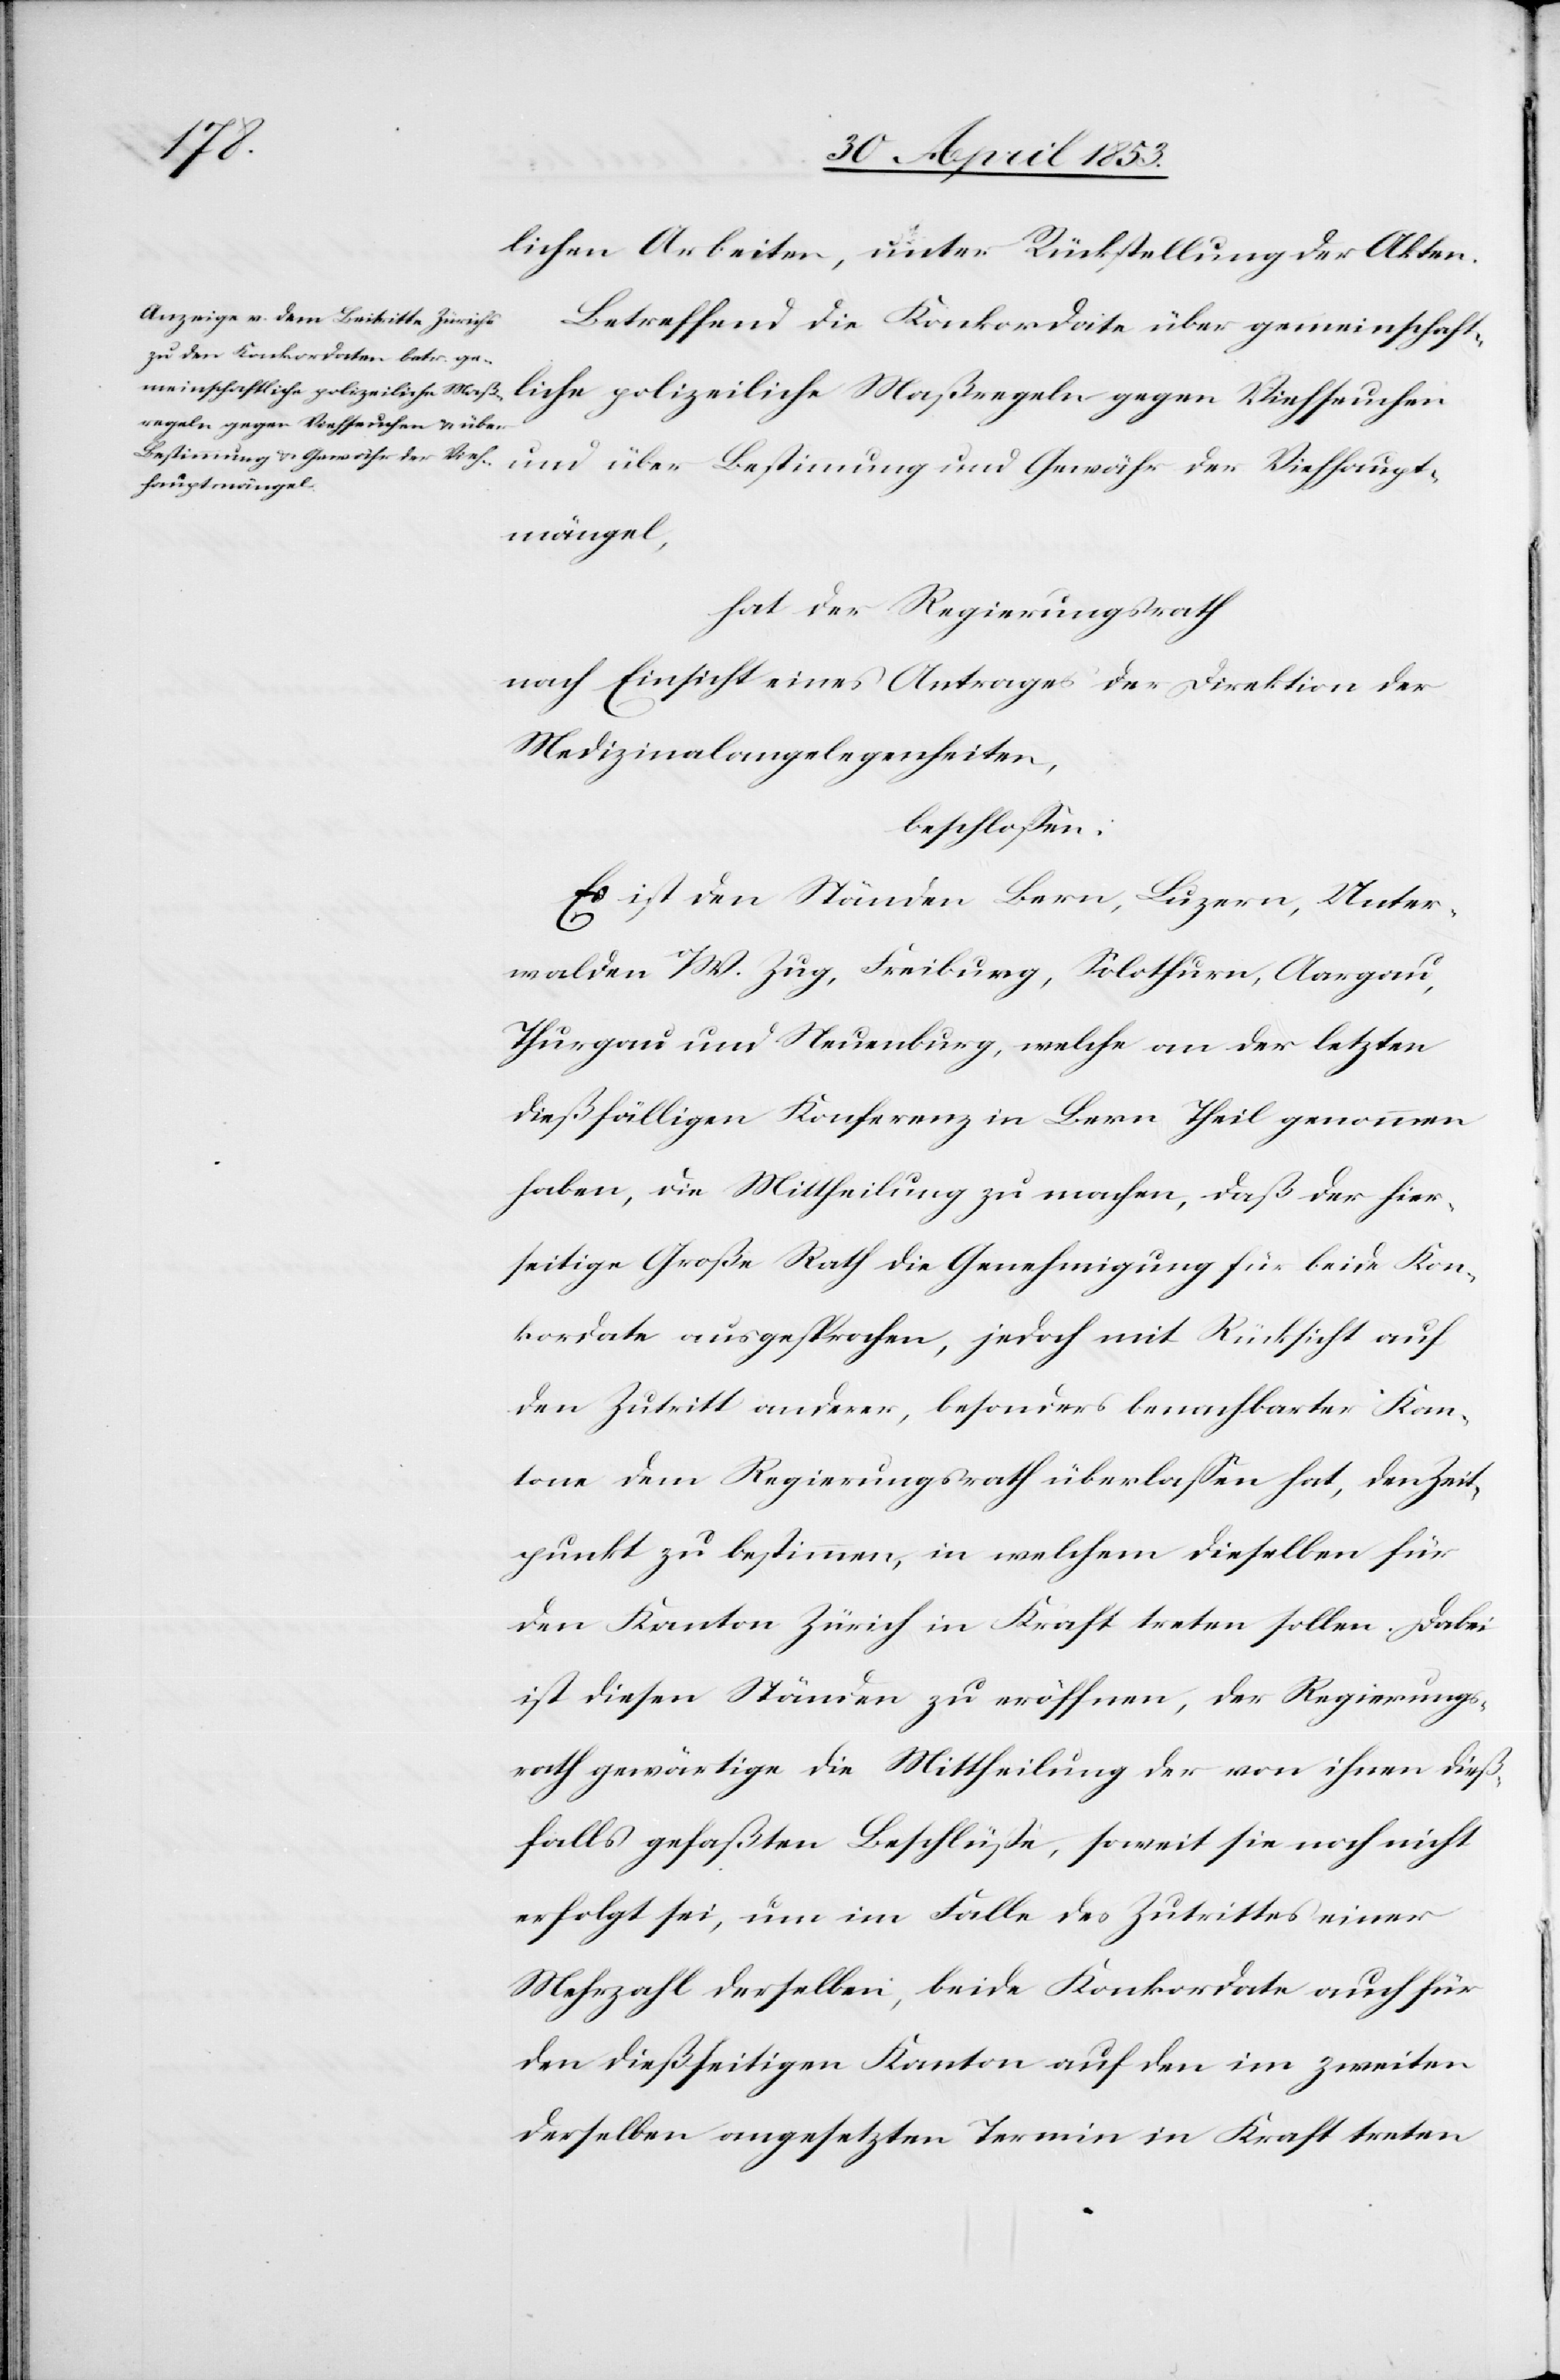
Vieh¬
lichen Arbeiten, unter Rückstellung der Akten.
Betreffend die Konkordate über gemeinschaft¬
Viehseuchen über
hauptmängel,
hat der Regierungsrath
nach Einsicht eines Antrages der Direktion
Medizinalangelegenheiten,
beschloßen:
Es ist den Ständen Bern, Luzern, Unter¬
walden o/W. Zug, Freiburg, Solothurn, Aargau,
Thurgau und Neuenburg, welche an der letzten
dießfälligen Konferenz in Bern Theil genommen
haben, die Mittheilung zu machen, daß der hier¬
seitige Große Rath die Genehmigung für beide Kon¬
kordate ausgesprochen, jedoch mit Rücksicht auf
den Zutritt anderer, besonders benachbarter Kan¬
tone dem Regierungsrath überlaßen hat, den Zeit¬
punkt zu bestimmen, in welchem dieselben für
den Kanton Zürich in Kraft treten sollen. Dabei
ist diesen Ständen zu eröffnen, der Regierungs¬
rath gewärtige die Mittheilung der von ihnen dieß¬
falls gefaßten Beschlüße, soweit sie noch nicht
erfolgt sei, um im Falle des Zutrittes einer
Mehrzahl derselben, beide Konkordate auch für
den dießseitigen Kanton auf den im zweiten
derselben angesetzten Termin in Kraft treten